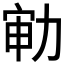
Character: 𱐳